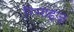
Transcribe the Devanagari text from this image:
रिसाइज़